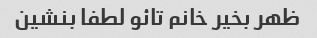
ظهر بخیر خانم تائو لطفا بنشین